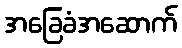
အခြေခံအဆောက်